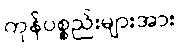
ကုန်ပစ္စည်းများအား